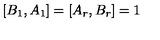
[ B _ { 1 } , A _ { 1 } ] = [ A _ { r } , B _ { r } ] = 1